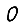
Digit: 0